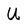
Character: U